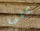
على